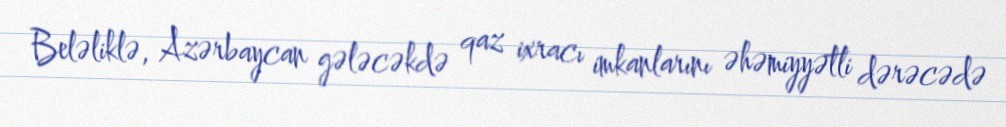
Beləliklə, Azərbaycan gələcəkdə qaz ixracı imkanlarını əhəmiyyətli dərəcədə